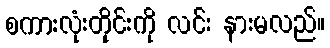
စကားလုံးတိုင်းကို လင်း နားမလည်။